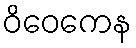
ဝိဝေကေန